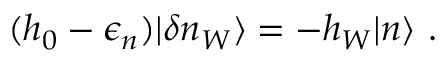
( h _ { 0 } - \epsilon _ { n } ) | \delta n _ { W } \rangle = - h _ { W } | n \rangle \ .